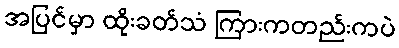
အပြင်မှာ ထိုးခတ်သံ ကြားကတည်းကပဲ